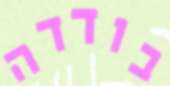
בודדה